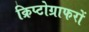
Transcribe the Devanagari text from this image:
क्रिप्टोग्राफरों